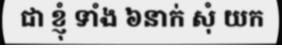
ជា ខ្ញុំ ទាំង ៦នាក់ សុំ យក